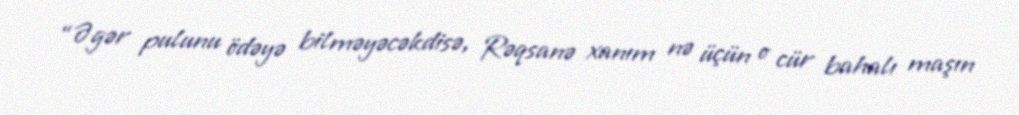
“Əgər pulunu ödəyə bilməyəcəkdisə, Rəqsanə xanım nə üçün o cür bahalı maşın